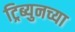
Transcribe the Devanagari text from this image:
ट्रिब्युनच्या